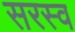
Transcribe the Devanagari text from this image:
सरस्व